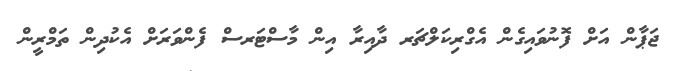
ޖަޕާން އަށް ފޮނުވައިގެން އެގްރިކަލްޗަރ ދާއިރާ އިން މާސްޓަރސް ފެންވަރަށް އެކުދިން ތަމްރީން